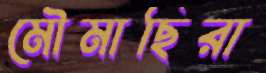
মৌমাছিরা